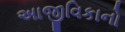
અાજીવિકાનો